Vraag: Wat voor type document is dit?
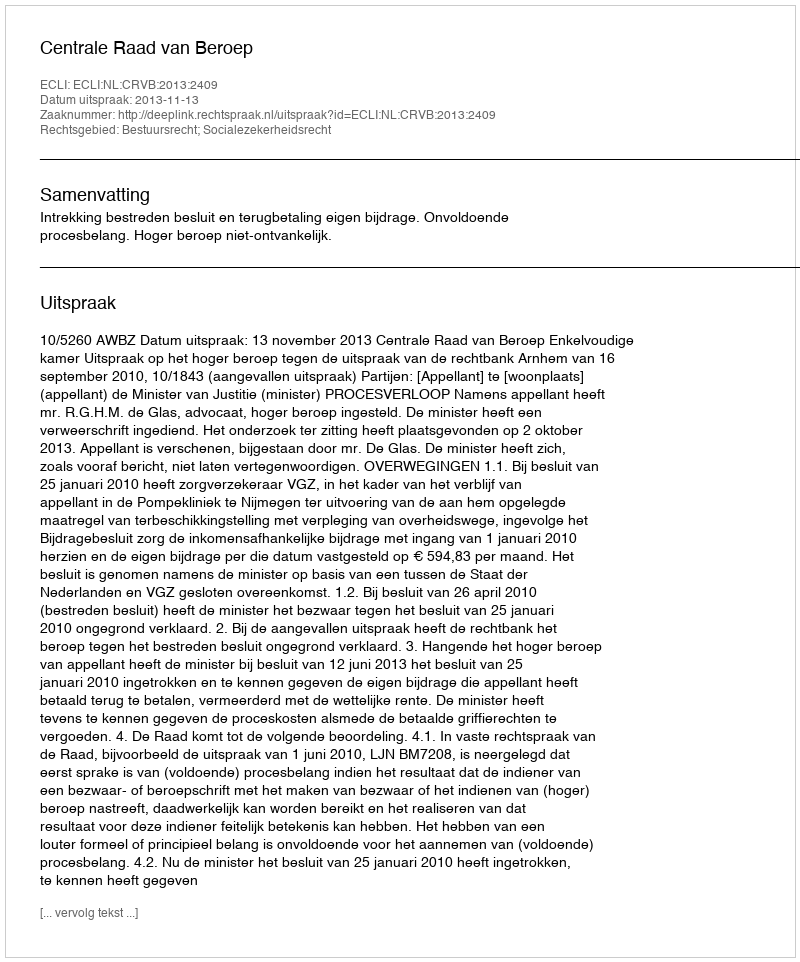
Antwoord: Uitspraak